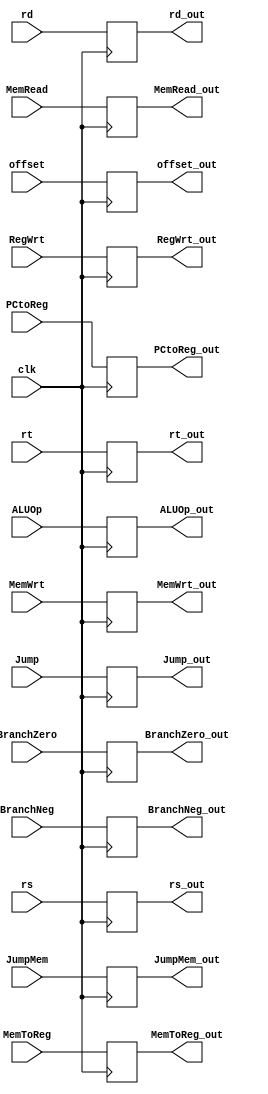
`timescale 1ns / 1ps
//////////////////////////////////////////////////////////////////////////////////
// Company: 
// Engineer: 
// 
// Design Name: 
// Module Name: IDEX
// Project Name: 
// Target Devices: 
// Tool Versions: 
// Description: 
// 
// Dependencies: 
// 
// Revision:
// Revision 0.01 - File Created
// Additional Comments:
// 
//////////////////////////////////////////////////////////////////////////////////


module IDEX(clk, RegWrt, MemToReg, PCtoReg, ALUOp, MemRead,
             MemWrt, BranchNeg, BranchZero, Jump, JumpMem, rs, rt, rd, offset, RegWrt_out, MemToReg_out, PCtoReg_out,
             ALUOp_out, MemRead_out, MemWrt_out, BranchNeg_out, BranchZero_out, Jump_out, JumpMem_out, rs_out, rt_out, rd_out, offset_out);
    input clk, RegWrt, MemToReg, PCtoReg, MemRead, MemWrt, BranchNeg, BranchZero, Jump, JumpMem;
    input [3:0] ALUOp;
    input [31:0] rs;
    input [31:0] rt;
    input [5:0] rd;
    input [31:0] offset;
    output reg RegWrt_out, MemToReg_out, PCtoReg_out, MemRead_out, MemWrt_out, BranchNeg_out, BranchZero_out, Jump_out, JumpMem_out;
    output reg [3:0] ALUOp_out;
    output reg [31:0] rs_out;
    output reg [31:0] rt_out;
    output reg [5:0] rd_out;
    output reg [31:0] offset_out;
    
    always@(posedge clk) begin //passes through values to align execution times
        RegWrt_out = RegWrt;
        MemToReg_out = MemToReg; 
        PCtoReg_out = PCtoReg; 
        ALUOp_out = ALUOp;
        MemRead_out = MemRead; 
        MemWrt_out = MemWrt;
        rs_out = rs;
        rt_out = rt;
        rd_out = rd;
        offset_out = offset;
        BranchNeg_out = BranchNeg;
        BranchZero_out = BranchZero;
        Jump_out = Jump;
        JumpMem_out = JumpMem;
    end
endmodule